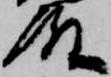
殿